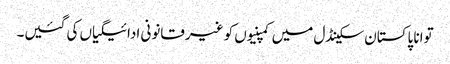
توانا پاکستان سکینڈل میں کمپنیوں کو غیرقانونی ادائیگیاں کی گئیں۔